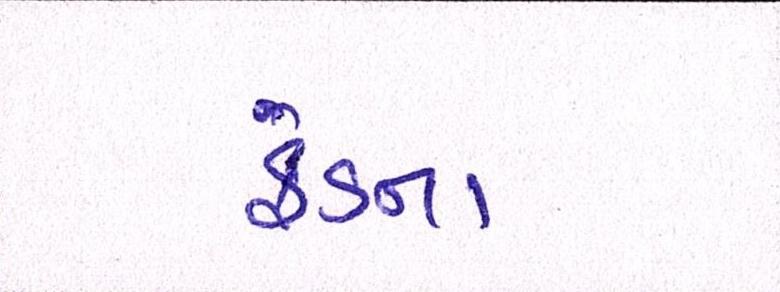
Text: ફંડના